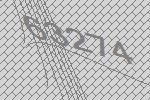
63274